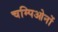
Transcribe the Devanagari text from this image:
चम्पिओनों